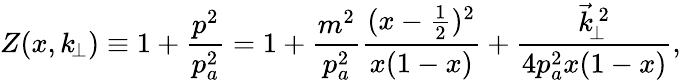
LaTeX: Z(x,k_{\! \perp})\equiv 1+\frac{p^{2}}{p_{a}^{2}}=1+\frac{m^{2}}{p_{a}^{2}}\frac{(x-\frac{1}{2})^{2}}{x(1-x)}+\frac{\vec{k}_{\! \perp}^{\, 2}}{4p_{a}^{2}x(1-x)},